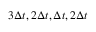
\begin{array} { r } { 3 \Delta t , 2 \Delta t , \Delta t , 2 \Delta t } \end{array}